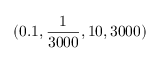
( 0 . 1 , \frac { 1 } { 3 0 0 0 } , 1 0 , 3 0 0 0 )